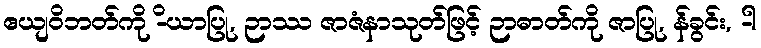
ဧယျဝိဘတ်ကို -ိယာပြု, ဉာဿ ဇာဇံနာသုတ်ဖြင့် ဉာဓာတ်ကို ဇာပြု, န်ခွင်း, -ါ